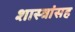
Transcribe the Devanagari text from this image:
शास्त्रांसह